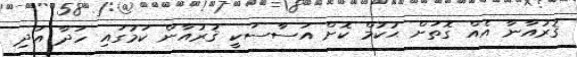
ޤުރުއާނާ އެއް ގޮތަށް ޙުކުމް ކޮށް އަސާސަކީ ޤުރުއާން ކަމުގައި ހަދާ އަދި